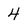
Character: 4